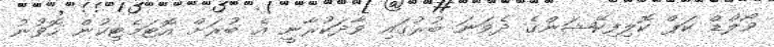
ވޯލްޑް ކަޕް ކޮލިފިކޭޝަންގެ ދެވަނަ ބުރުގައި ވާދަކުރާނީ އެ ބުރަށް އޮޓަމެޓިކުން ހޮވުނު